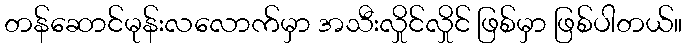
တန်ဆောင်မုန်းလလောက်မှာ အသီးလှိုင်လှိုင် ဖြစ်မှာ ဖြစ်ပါတယ်။